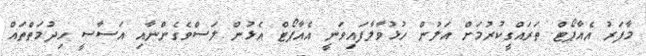
މާފަރު އެއާޕޯޓް ތަރައްގީކުރުމަށް އަލުން ހުޅުވާލާފައިވަނީ އެއާޕޯޓް އެޅުން ލަސްވެގެންނާއި އަސާސީ ހިދުމަތްތައް